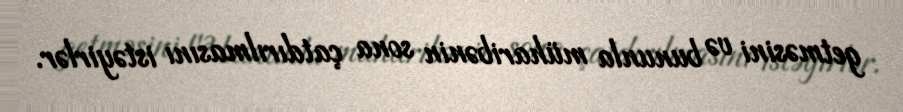
getməsini və bununla müharibənin sona çatdırılmasını istəyirlər.